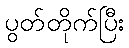
ပွတ်တိုက်ပြီး